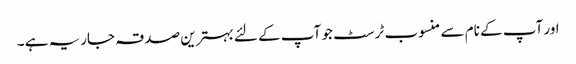
اور آپ کے نام سے منسوب ٹرسٹ جو آپ کے لئے بہترین صدقہ جاریہ ہے ۔